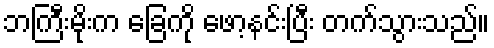
ဘကြီးမိုးက ခြေကို ဖော့နင်းပြီး တက်သွားသည်။